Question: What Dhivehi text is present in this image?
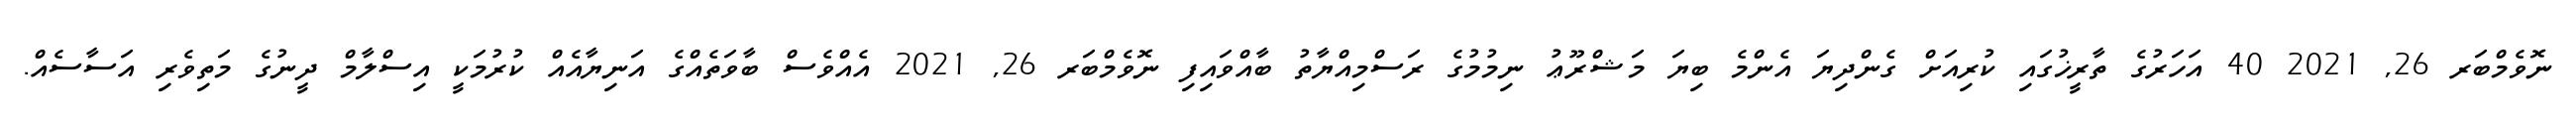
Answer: ނޮވެމްބަރ 26, 2021 40 އަހަރުގެ ތާރީޚުގައި ކުރިއަށް ގެންދިޔަ އެންމެ ބިޔަ މަޝްރޫޢު ނިމުމުގެ ރަސްމިއްޔާތު ބާއްވައިފި ނޮވެމްބަރ 26, 2021 އެއްވެސް ބާވަތެއްގެ އަނިޔާއެއް ކުރުމަކީ އިސްލާމް ދީނުގެ މަތިވެރި އަސާސެއް.